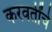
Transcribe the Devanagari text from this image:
करवतींचे